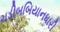
ચડીબબિયાનધારી